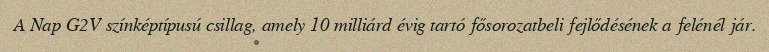
A Nap G2V színképtípusú csillag, amely 10 milliárd évig tartó fősorozatbeli fejlődésének a felénél jár.